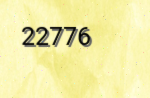
22776